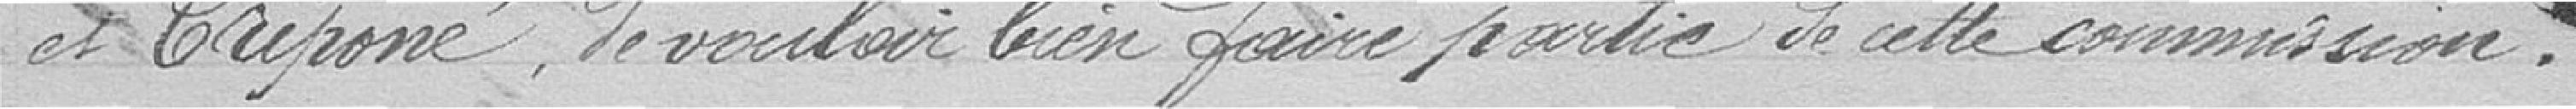
et Triponé de bien vouloir faire partie de cette commission.